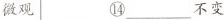
微观⑭___不变